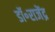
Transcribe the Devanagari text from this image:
डॉ॰राजेंद्र